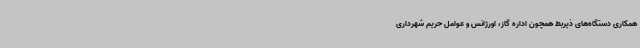
همکاری دستگاه‌های ذیربط همچون اداره گاز، اورژانس و عوامل حریم شهرداری